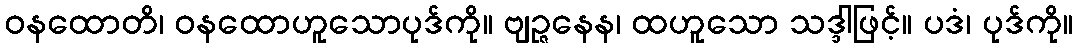
ဝနထောတိ၊ ဝနထောဟူသောပုဒ်ကို။ ဗျဉ္ဇနေန၊ ထဟူသော သဒ္ဒါဖြင့်။ ပဒံ၊ ပုဒ်ကို။